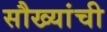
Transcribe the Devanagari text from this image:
सौख्यांची